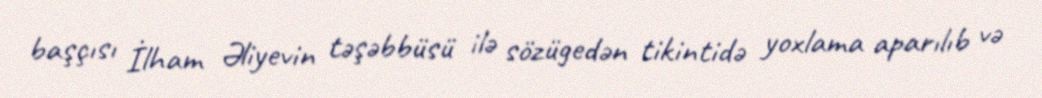
başçısı İlham Əliyevin təşəbbüsü ilə sözügedən tikintidə yoxlama aparılıb və